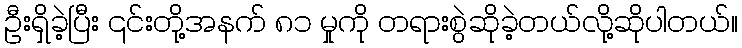
ဦးရှိခဲ့ပြီး ၎င်းတို့အနက် ၈၁ မှုကို တရားစွဲဆိုခဲ့တယ်လို့ဆိုပါတယ်။